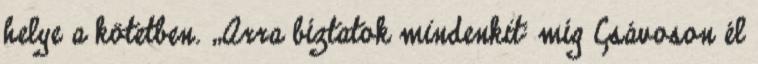
helye a kötetben. „Arra bíztatok mindenkit: míg Csávoson él